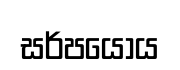
සර්පයෝය